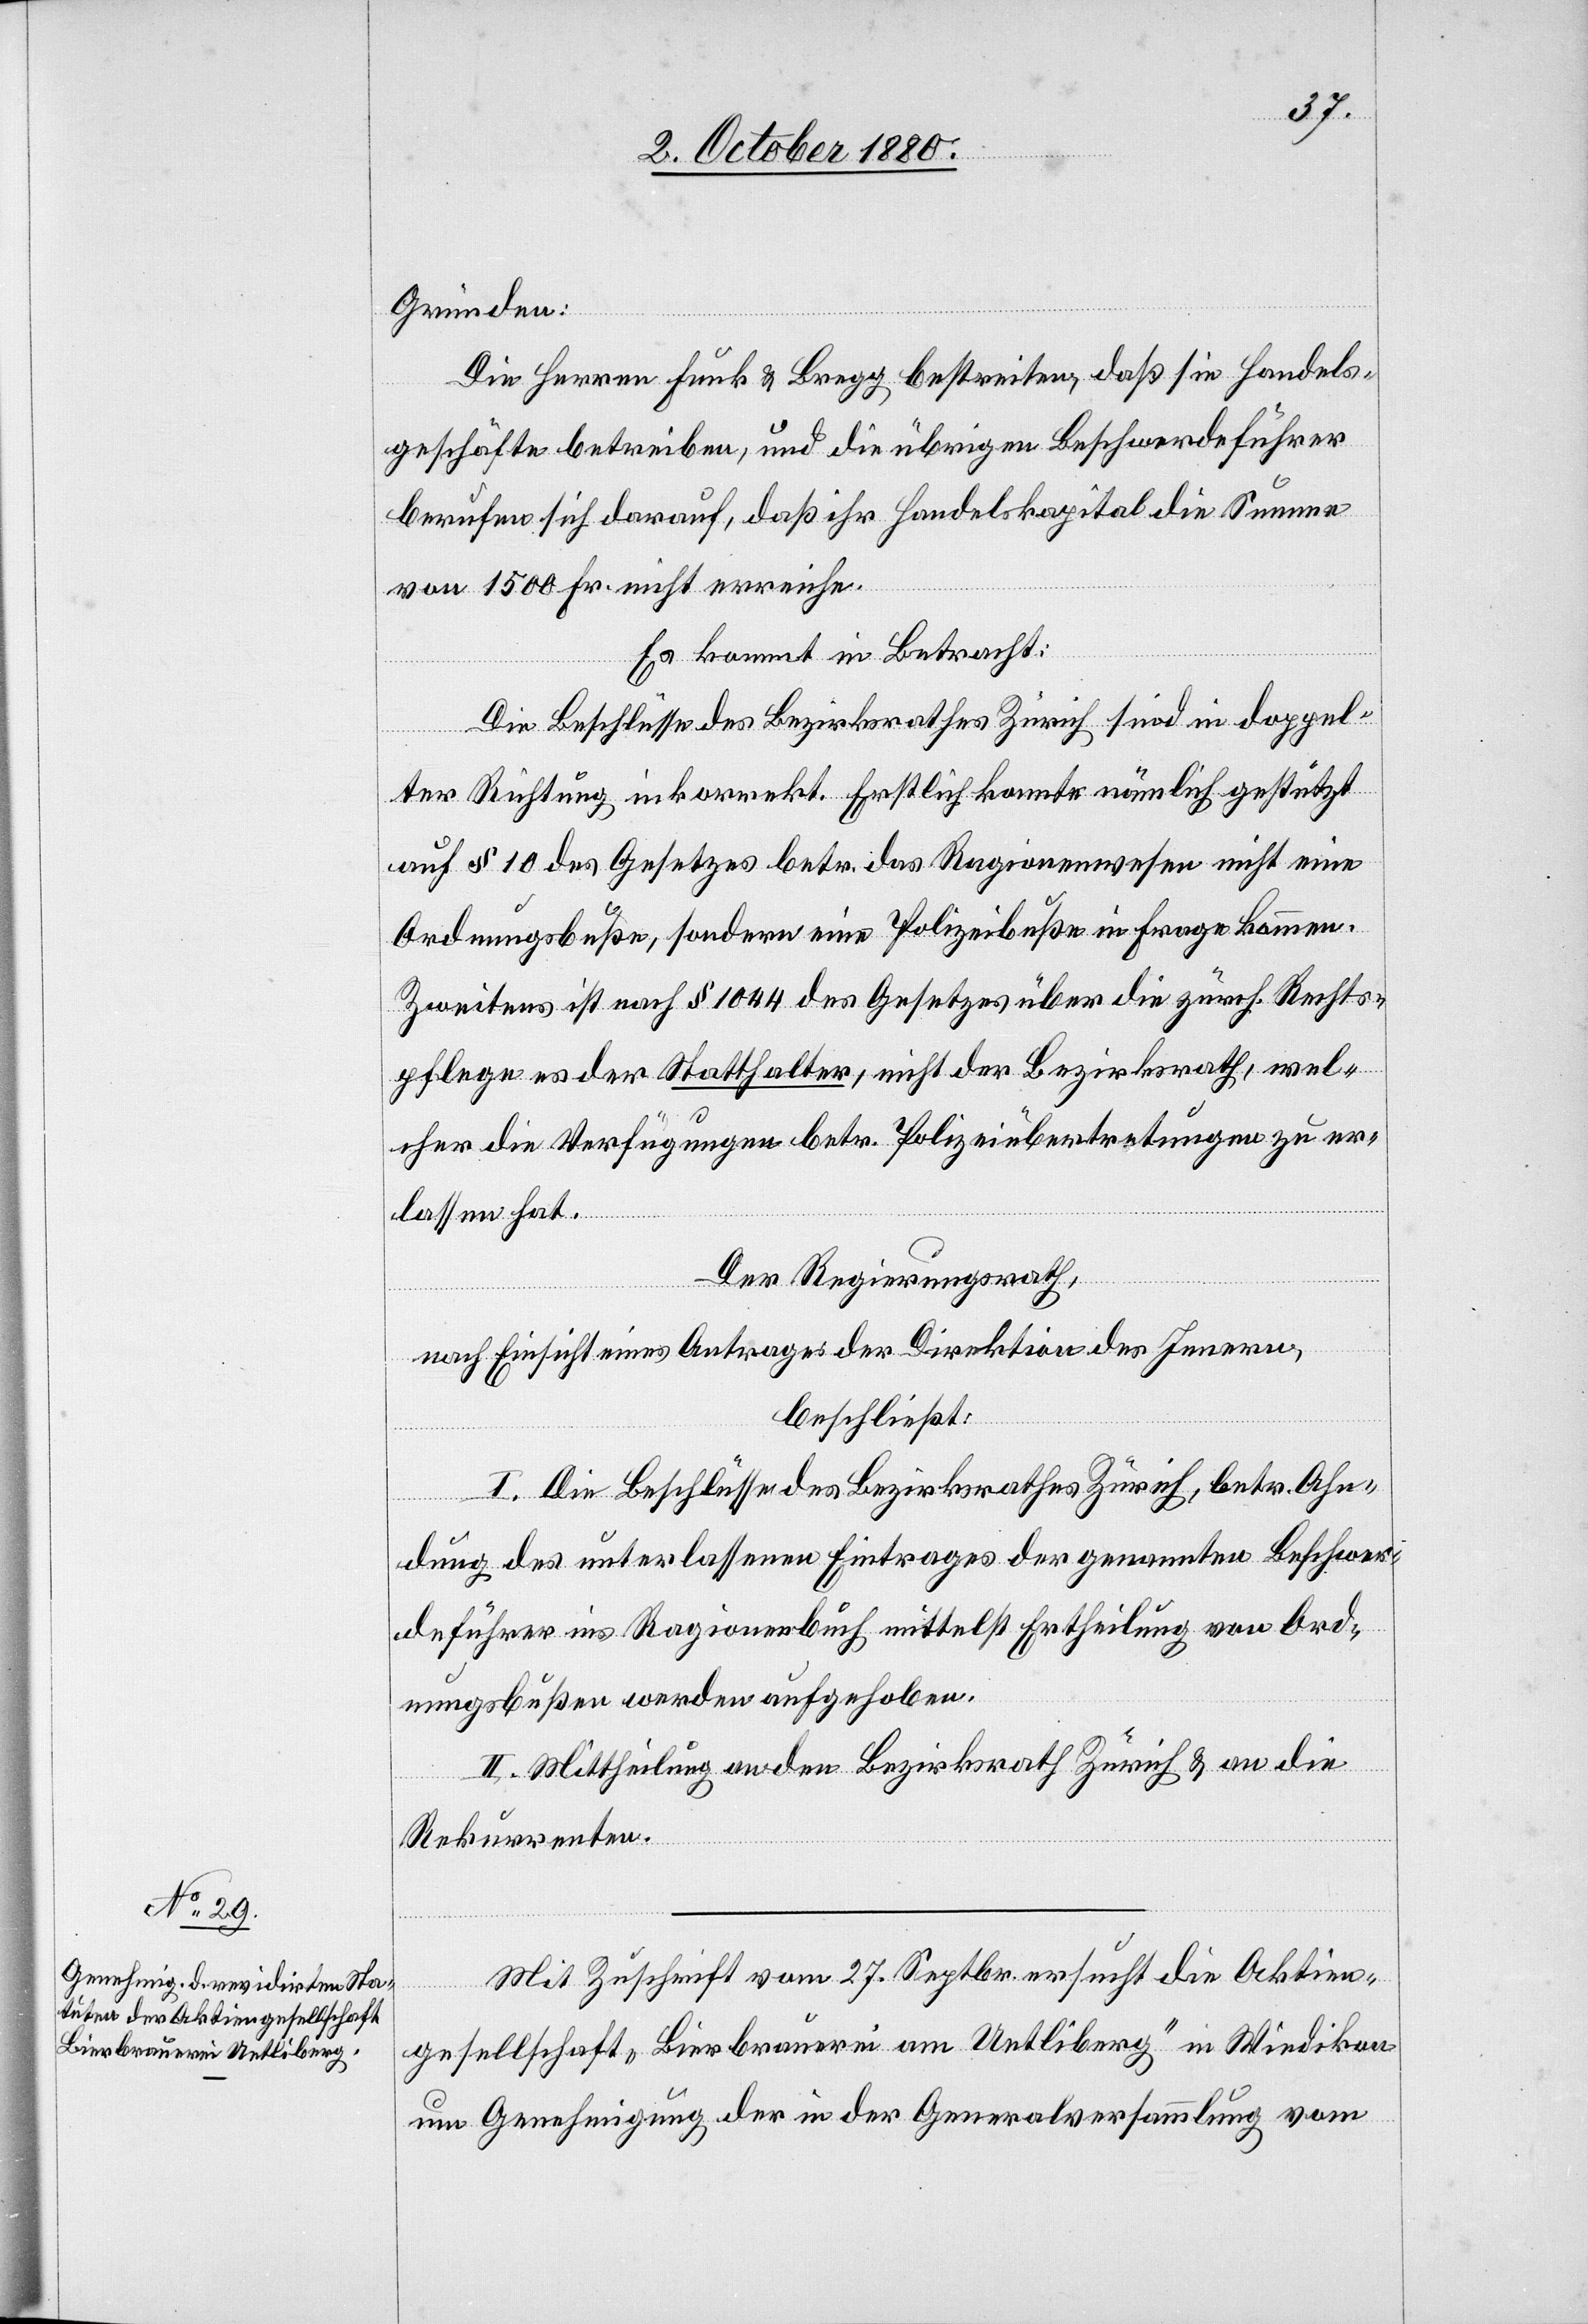
Gründen:
Die Herren Funk & Bregg bestreiten, daß sie Handels¬
geschäfte betreiben, und die übrigen Beschwerdeführer
berufen sich darauf, daß ihr Handelskapital die Summe
von 1500 Fr. nicht erreiche.
Es kommt in Betracht:
Die Beschlüsse des Bezirksrathes Zürich sind in doppel¬
ter Richtung inkorrekt. Erstlich konnte nämlich gestützt
auf § 10 des Gesetzes betr. das Ragionenwesen nicht eine
Ordnungsbuße, sondern eine Polizeibuße in Frage kommen.
Zweitens ist nach § 1044 des Gesetzes über die zürch. Rechts¬
pflege es der Statthalter, nicht der Bezirksrath, wel¬
cher die Verfügungen betr. Polizeiübertretungen zu er¬
lassen hat.
Der Regierungsrath,
nach Einsicht eines Antrages der Direktion des Innern,
beschließt:
I. Die Beschlüsse des Bezirksrathes Zürich, betr. Ahn¬
dung des unterlassenen Eintrages der genannten Beschwer¬
deführer ins Ragionenbuch mittelst Ertheilung von Ord¬
nungsbußen werden aufgehoben.
II. Mittheilung an den Bezirksrath Zürich & an die
Rekurrenten.
Mit Zuschrift vom 27. Septbr. ersucht die Aktien¬
gesellschaft „Bierbrauerei am Uetliberg“ in Wiedikon
um Genehmigung der in der Generalversammlung vom